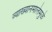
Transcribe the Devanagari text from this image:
व्याख्यानमालेमुळे